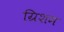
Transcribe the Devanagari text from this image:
ग्रिशम